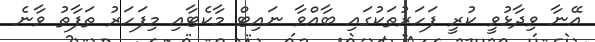
އޭނާ ވިދާޅުވީ ކުރީ ފަހަރުތަކުގައި ބާއްވާ ނައިޓް މާކެޓާއި މިފަހަރު ތަފާތު ވާނެ